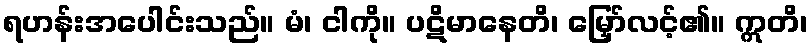
ရဟန်းအပေါင်းသည်။ မံ၊ ငါကို။ ပဋိမာနေတိ၊ မြှော်လင့်၏။ ဣတိ၊